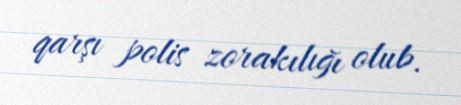
qarşı polis zorakılığı olub.